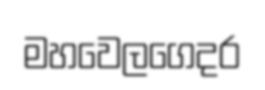
මහවෙලගෙදර